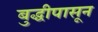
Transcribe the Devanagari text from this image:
बुद्धीपासून